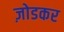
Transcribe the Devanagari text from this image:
ज़ोडकर